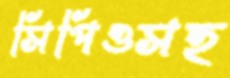
সিপিওসহ